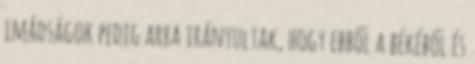
imádságok pedig arra irányultak, hogy ebből a békéből és